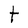
Character: t